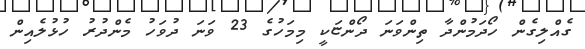
ގެއްލިގެން ހޯދަމުންދާ ތިންވަނަ ދޯންޏަކީ މިމަހުގެ 23 ވަނަ ދުވަހު މެންދުރު ހުޅުލެއިން